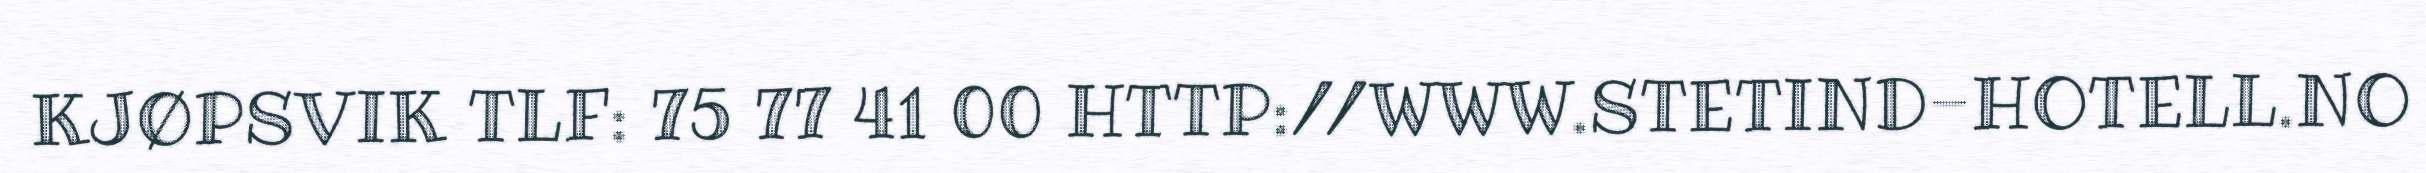
KJØPSVIK TLF: 75 77 41 00 HTTP://WWW.STETIND-HOTELL.NO